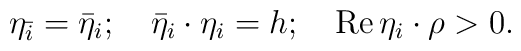
\eta _{\bar{i}}=\bar{\eta}_i;\quad \bar{\eta}_i\cdot \eta _i=h;\quad \mathop{\rm Re}\eta _i\cdot \rho >0.